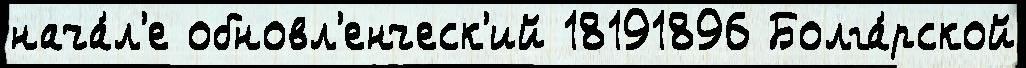
нача́л'е обновл'енческ'ий 18191896 Болга́рской